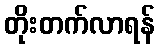
တိုးတက်လာရန်